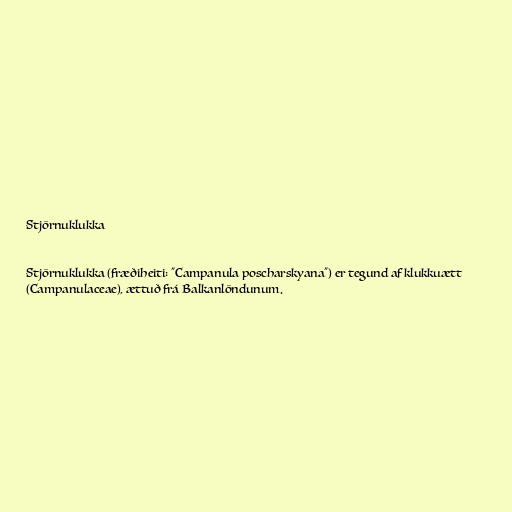
Stjörnuklukka

Stjörnuklukka (fræðiheiti: "Campanula poscharskyana") er tegund af klukkuætt
(Campanulaceae), ættuð frá Balkanlöndunum.